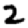
Digit: 2